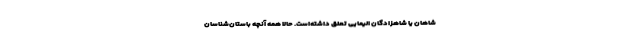
شاهان یا شاهزادگان الیمایی تعلق داشته‌است. حالا همه آنچه باستان‌شناسان